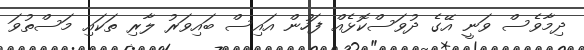
ދިމާވެސް ވަނީ އޭގެ ދުވަސްކޮޅެއް ފަހުން އައިސް ބައިވަރު ލާރި ތަކައި މަސްތުވަ